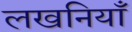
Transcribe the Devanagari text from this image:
लखनियाँ